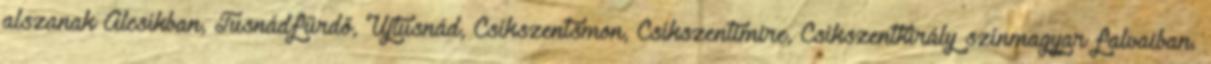
alszanak Alcsíkban, Tusnádfürdő, Újtusnád, Csíkszentsmon, Csíkszentimire, Csíkszentkirály színmagyar falvaiban.